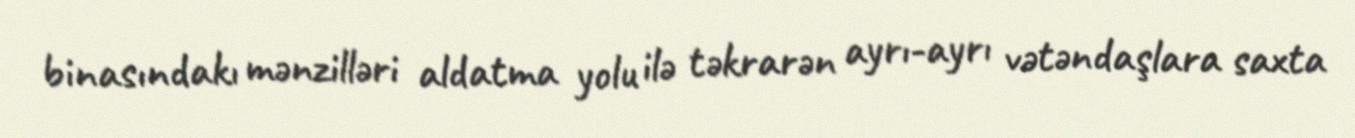
binasındakı mənzilləri aldatma yolu ilə təkrarən ayrı-ayrı vətəndaşlara saxta